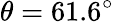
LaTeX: \theta=61.6^{\circ}